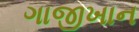
ગાજીખાન